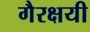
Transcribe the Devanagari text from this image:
गैरक्षयी